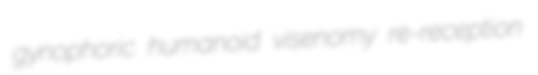
gynophoric humanoid visenomy re-reception